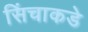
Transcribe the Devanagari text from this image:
सिंचाकडे